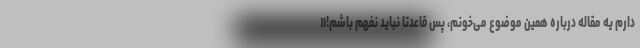
دارم یه مقاله دربارهٔ همین موضوع می‌خونم، پس قاعدتاً نباید نفهم باشم!«